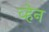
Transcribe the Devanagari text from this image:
व्‍हेन